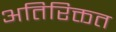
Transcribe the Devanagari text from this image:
अतिरिक्तत